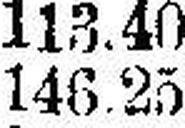
146.25